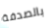
بالصدفة